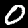
Label: 0